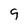
Character: 9